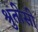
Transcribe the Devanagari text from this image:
श्रुतीसी